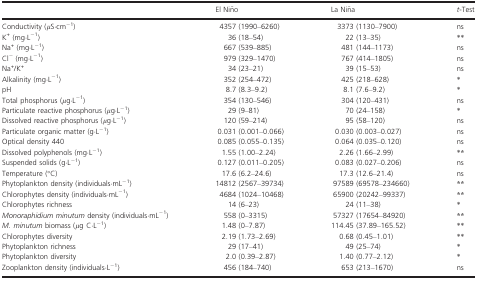
<table><thead><tr><td></td><td><b>El Niño</b></td><td><b>La Niña</b></td><td><b><i>t</i>-Test</b></td></tr></thead><tbody><tr><td>Conductivity (<i>μ</i>S·cm<sup>−1</sup>)</td><td>4357 (1990–6260)</td><td>3373 (1130–7900)</td><td>ns</td></tr><tr><td>K<sup>+</sup> (mg·L<sup>−1</sup>)</td><td>36 (18–54)</td><td>22 (13–35)</td><td><sup>**</sup></td></tr><tr><td>Na<sup>+</sup> (mg·L<sup>−1</sup>)</td><td>667 (539–885)</td><td>481 (144–1173)</td><td>ns</td></tr><tr><td>Cl<sup>−</sup> (mg·L<sup>−1</sup>)</td><td>979 (329–1470)</td><td>767 (414–1805)</td><td>ns</td></tr><tr><td>Na<sup>+</sup>/K<sup>+</sup></td><td>34 (23–21)</td><td>39 (15–53)</td><td>ns</td></tr><tr><td>Alkalinity (mg·L<sup>−1</sup>)</td><td>352 (254–472)</td><td>425 (218–628)</td><td><sup>*</sup></td></tr><tr><td>pH</td><td>8.7 (8.3–9.2)</td><td>8.1 (7.6–9.2)</td><td><sup>*</sup></td></tr><tr><td>Total phosphorus (<i>μ</i>g·L<sup>−1</sup>)</td><td>354 (130–546)</td><td>304 (120–431)</td><td>ns</td></tr><tr><td>Particulate reactive phosphorus (<i>μ</i>g·L<sup>−1</sup>)</td><td>29 (9–81)</td><td>70 (24–158)</td><td><sup>*</sup></td></tr><tr><td>Dissolved reactive phosphorus (<i>μ</i>g·L<sup>−1</sup>)</td><td>120 (59–214)</td><td>95 (58–120)</td><td>ns</td></tr><tr><td>Particulate organic matter (g·L<sup>−1</sup>)</td><td>0.031 (0.001–0.066)</td><td>0.030 (0.003–0.027)</td><td>ns</td></tr><tr><td>Optical density 440</td><td>0.085 (0.055–0.135)</td><td>0.064 (0.035–0.120)</td><td>ns</td></tr><tr><td>Dissolved polyphenols (mg·L<sup>−1</sup>)</td><td>1.55 (1.00–2.24)</td><td>2.26 (1.66–2.99)</td><td><sup>**</sup></td></tr><tr><td>Suspended solids (g·L<sup>−1</sup>)</td><td>0.127 (0.011–0.205)</td><td>0.083 (0.027–0.206)</td><td>ns</td></tr><tr><td>Temperature (°C)</td><td>17.6 (6.2–24.6)</td><td>17.3 (12.6–21.4)</td><td>ns</td></tr><tr><td>Phytoplankton density (individuals·mL<sup>−1</sup>)</td><td>14812 (2567–39734)</td><td>97589 (69578–234660)</td><td><sup>**</sup></td></tr><tr><td>Chlorophytes density (individuals·mL<sup>−1</sup>)</td><td>4684 (1024–10468)</td><td>65900 (20242–99337)</td><td><sup>**</sup></td></tr><tr><td>Chlorophytes richness</td><td>14 (6–23)</td><td>24 (11–38)</td><td><sup>*</sup></td></tr><tr><td><i>Monoraphidium minutum</i> density (individuals·mL<sup>−1</sup>)</td><td>558 (0–3315)</td><td>57327 (17654–84920)</td><td><sup>**</sup></td></tr><tr><td><i>M. minutum</i> biomass (<i>μ</i>g C·L<sup>−1</sup>)</td><td>1.48 (0–7.87)</td><td>114.45 (37.89–165.52)</td><td><sup>**</sup></td></tr><tr><td>Chlorophytes diversity</td><td>2.19 (1.73–2.69)</td><td>0.68 (0.45–1.01)</td><td><sup>**</sup></td></tr><tr><td>Phytoplankton richness</td><td>29 (17–41)</td><td>49 (25–74)</td><td><sup>*</sup></td></tr><tr><td>Phytoplankton diversity</td><td>2.0 (0.39–2.87)</td><td>1.40 (0.77–2.12)</td><td><sup>*</sup></td></tr><tr><td>Zooplankton density (individuals·L<sup>−1</sup>)</td><td>456 (184–740)</td><td>653 (213–1670)</td><td>ns</td></tr></tbody></table>